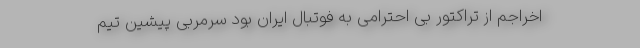
اخراجم از تراکتور بی احترامی به فوتبال ایران بود سرمربی پیشین تیم